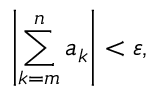
\left| \sum _ { k = m } ^ { n } a _ { k } \right| < \varepsilon ,